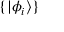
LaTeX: \{ | \phi _ { i } \rangle \}